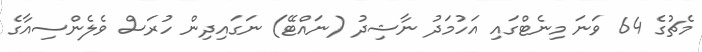
މެޗުގެ 64 ވަނަ މިނެޓްގައި އަހުމަދު ނާޝިދު (ނައްޓޭ) ނަގައިދިން ހުރަސް ވެލެންސިއާގެ